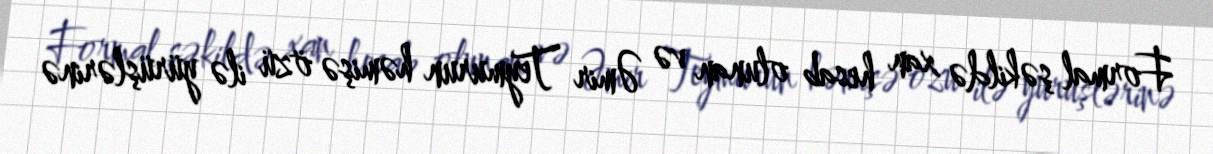
Formal şəkildə xan hesab olunan və Əmir Teymurun həmişə özü ilə yürüşlərinə